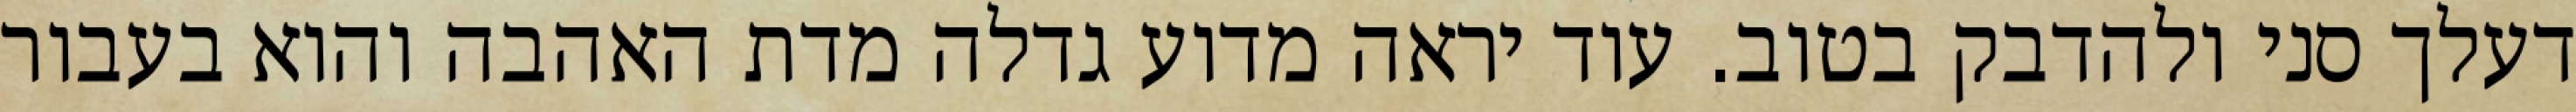
דעלך סני ולהדבק בטוב. עוד יראה מדוע גדלה מדת האהבה והוא בעבור